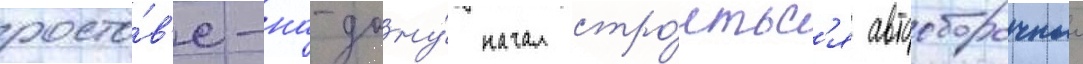
росто́в'е-на-дону́ начал стро́итьс'я автосборочныи